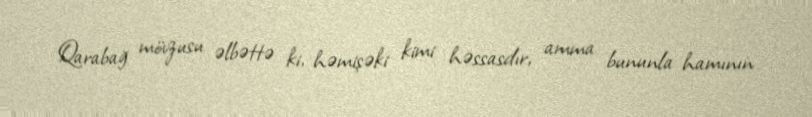
Qarabağ mövzusu əlbəttə ki, həmişəki kimi həssasdır, amma bununla hamının